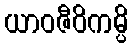
ယာဝဇီဝိကမ္ပိ